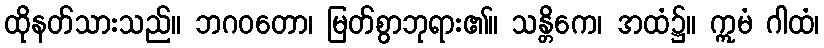
ထိုနတ်သားသည်။ ဘဂဝတော၊ မြတ်စွာဘုရား၏။ သန္တိကေ၊ အထံ၌။ ဣမံ ဂါထံ၊